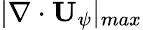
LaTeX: |\nabla\cdot\mathbf{U}_{\psi}|_{max}